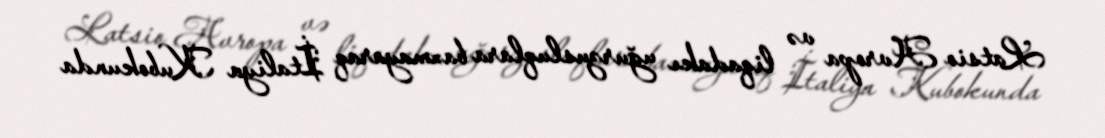
Latsio Avropa və liqadakı uğurzusluqlara baxmayaraq İtaliya Kubokunda